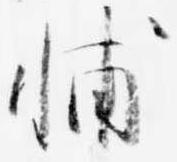
輔